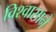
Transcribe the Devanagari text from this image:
विश्‍वासाने